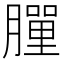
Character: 𦡃